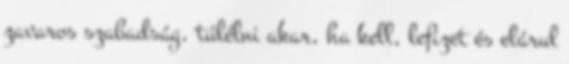
zavaros szabadság, túlélni akar, ha kell, lefizet és elárul